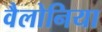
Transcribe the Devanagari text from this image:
वैलोनिया